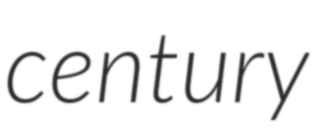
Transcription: century